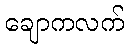
ချောကလက်